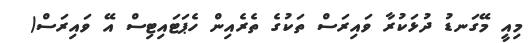
މިއީ މޭގަނޑު ދުޅަކުރާ ވައިރަސް ތަކުގެ ތެރެއިން ހެޕަޓައިޓިސް އޭ ވައިރަސް(